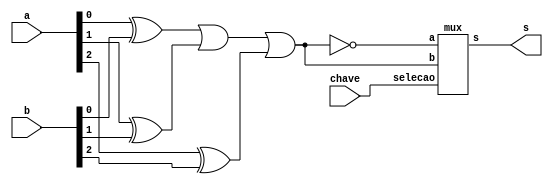
// -------------------------
// Exemplo0027Extra  comparador de igualdade ou diferenca
// Nome: Willian Antonio dos Santos
// -------------------------
// -------------------------
// comparador de diferenca e igualdade selecionavel ( 0 - igualdade | 2 - diferenca )
// -------------------------
module compIeD3b (output s, input [2:0] a, input [2:0] b, input chave);
       wire s1, s2, s3, s4, s5;
       xor X1(s1, a[0], b[0]);
       xor X2(s2, a[1], b[1]);
       xor X3(s3, a[2], b[2]);
       or O1(s4, s1, s2, s3);
       not N1(s5, s4); // faz a negacao da saida do comparador de desigualdade para selecionar igualdade.
       mux M1(s, s5, s4, chave);
endmodule // compIeD3b
// -------------------------
// mux para selecao de 2 entradas de 1 bit para uma saida de 1 bit
// -------------------------
module mux (output s, input a, input b, input selecao);
       wire selecaoN,s6,s7;
       not N2 ( selecaoN, selecao);
       and A2 ( s6, a, selecaoN);
       and A3 ( s7, b, selecao);
       or O2 ( s, s6, s7);
endmodule // mux
// Testes
module test_compIeD3b;
       // ------------------------- definir dados
       reg [2:0] x;
       reg [2:0] y;
       reg select;
       wire result;
       compIeD3b CID31(result, x, y, select);
       // ------------------------- parte principal
       initial begin
               $display("Exemplo0027Extra - Willian Antonio dos Santos - 462020");
               $display("Test ALU's - Comparador de igualdade ou diferenca selecionavel");
               $display("\nO bit de selecao em 0 e' igualdade, em 1 e' diferenca.\n");
               x = 0; y = 0; select = 0;
               $monitor("Valor1: %3b | Valor2: %3b | igualdade ou dif ? : %b | = %b", x, y, select, result);
               repeat (7) begin
                      #1 y = y + 1;
               end
               #1 $display("--------------------------------------------------------");
               repeat (7) begin
                      #1 x = x + 1;y = y + 1;
                      repeat (7) begin
                             #1 y = y + 1;
                      end
                      #1 $display("--------------------------------------------------------");
               end
               #1 x = 0; y = 0; select = 1;
               repeat (7) begin
                      #1 y = y + 1;
               end
               #1 $display("--------------------------------------------------------");
               repeat (7) begin
                      #1 x = x + 1;y = y + 1;
                      repeat (7) begin
                             #1 y = y + 1;
                      end
                      #1 $display("--------------------------------------------------------");
               end
       end
endmodule // test_compIeD3b